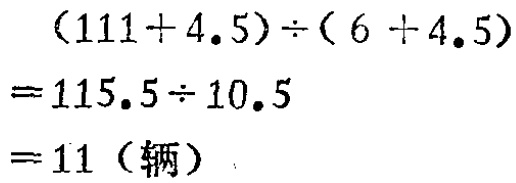
\[
\begin{align*}
&(111 + 4.5)\div(6 + 4.5)\\
=&115.5\div10.5\\
=&11 (\text{辆})
\end{align*}
\]